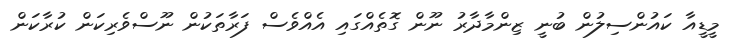
މީޑީއާ ކައުންސިލުން ބުނީ ޒިންމާދާރު ނޫން ގޮތެއްގައި އެއްވެސް ފަރާތަކުން ނޫސްވެރިކަން ކުރާކަން